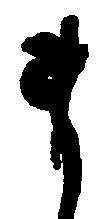
ま